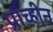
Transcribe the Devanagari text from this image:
प्राच्हीन